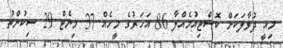
މިއީ ދުވާލަކަށް ކޮސްޓިއުމެއްލާ 86 އަހަރުގެ މީހެއް 37 މިނެޓް 29 ސިކުންތު